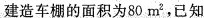
建造车棚的面积为80m^{2}，已知